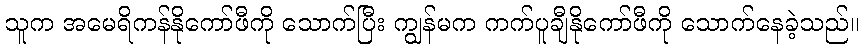
သူက အမေရိကန်နိုကော်ဖီကို သောက်ပြီး ကျွန်မက ကက်ပူချီနိုကော်ဖီကို သောက်နေခဲ့သည်။